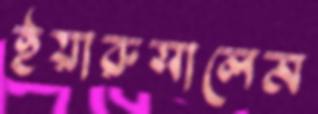
ইয়ারুসালেম